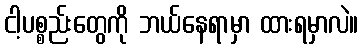
ငါ့ပစ္စည်းတွေကို ဘယ်နေရာမှာ ထားရမှာလဲ။